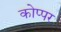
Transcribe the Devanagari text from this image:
कोप्पर